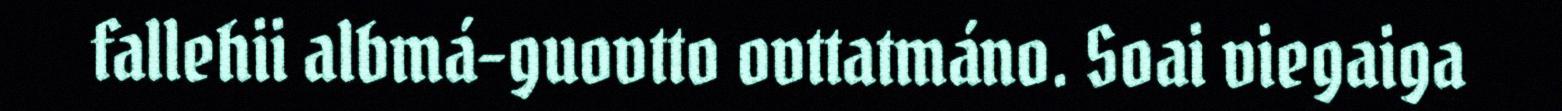
fallehii albmá-guovtto ovttatmáno. Soai viegaiga